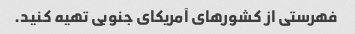
فهرستی از کشورهای آمریکای جنوبی تهیه کنید.